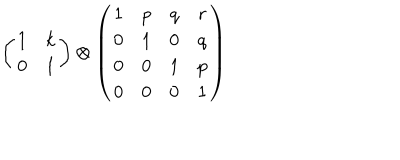
\left( \begin{array} { c c } { { 1 } } & { { k } } \\ { { 0 } } & { { 1 } } \\ \end{array} \right) \otimes \left( \begin{array} { c c c c } { { 1 } } & { { p } } & { { q } } & { { r } } \\ { { 0 } } & { { 1 } } & { { 0 } } & { { q } } \\ { { 0 } } & { { 0 } } & { { 1 } } & { { p } } \\ { { 0 } } & { { 0 } } & { { 0 } } & { { 1 } } \\ \end{array} \right)